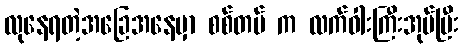
လုနေရတဲ့အခြေအနေမှာ စစ်တပ် က လက်ဝါးကြီးအုပ်ပြီး